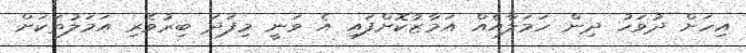
އިހަށް ދުވަހު ދިން ހަމަލާއެއް އަމާޒުކޮށްފައި އެ ވަނީ މިފަދަ ބިރުވެރި އަމަލުތަކަށް